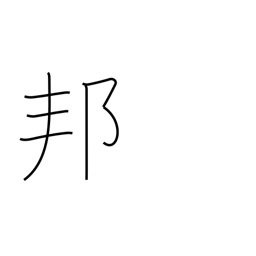
Meaning: Japan